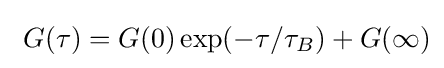
\ G(\tau )=G(0)\exp(-\tau /\tau _{B})+G(\infty )